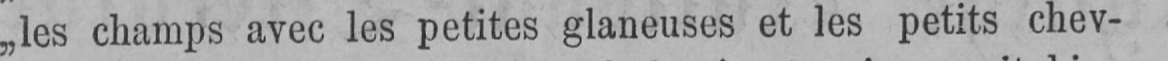
„les champs avec les petites glaneuses et les petits chev-